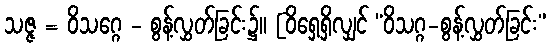
သဇ္ဇ = ဝိသဂ္ဂေ - စွန့်လွှတ်ခြင်း၌။ [ဝိရှေ့ရှိလျှင် “ဝိသဂ္ဂ-စွန့်လွှတ်ခြင်း”